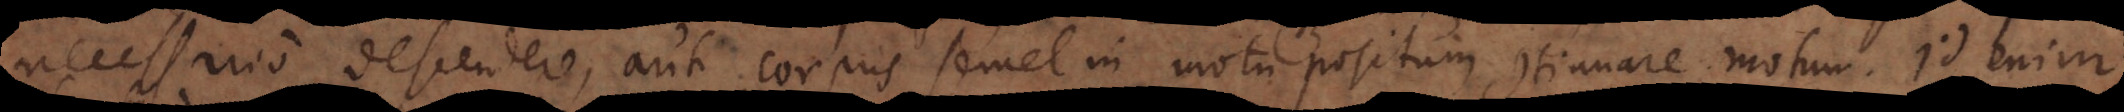
necessario descendere, aut corpus semel in motu positum continuare motum. Id enim